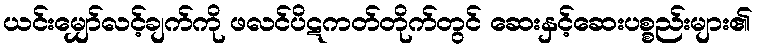
ယင်းမျှော်လင့်ချက်ကို ဖလင်ပိဋကတ်တိုက်တွင် ဆေးနှင့်ဆေးပစ္စည်းများ၏